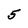
Character: 5